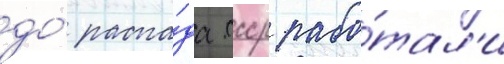
до́ распа́да ссср рабо́тал'и